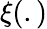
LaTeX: \xi(.)